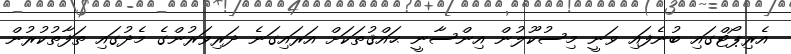
އެރިޕޯޓްގައި ބުނެފައި ވަނީ މިސުކޫލުން އިންސާނީ ޙައްޤުތަކަށް އަރައިގަނެ ދަރިވަރުންގެ މެދުގަައި ތަފާތުކުރުން